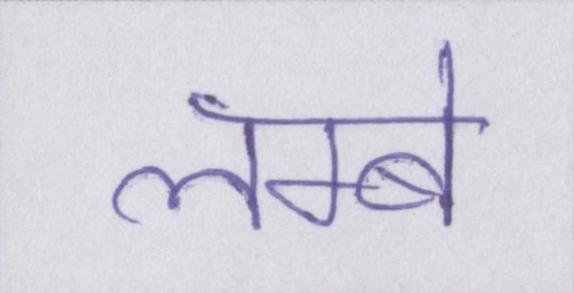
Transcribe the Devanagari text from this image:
लम्बे